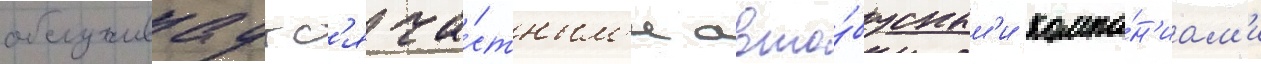
обслуживаутс'я ча́стным'и авто́бусным'и компа́н'иам'и